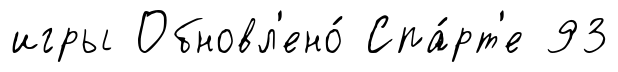
игры Обновл'ено́ Спа́рт'е 93